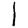
Digit: 1